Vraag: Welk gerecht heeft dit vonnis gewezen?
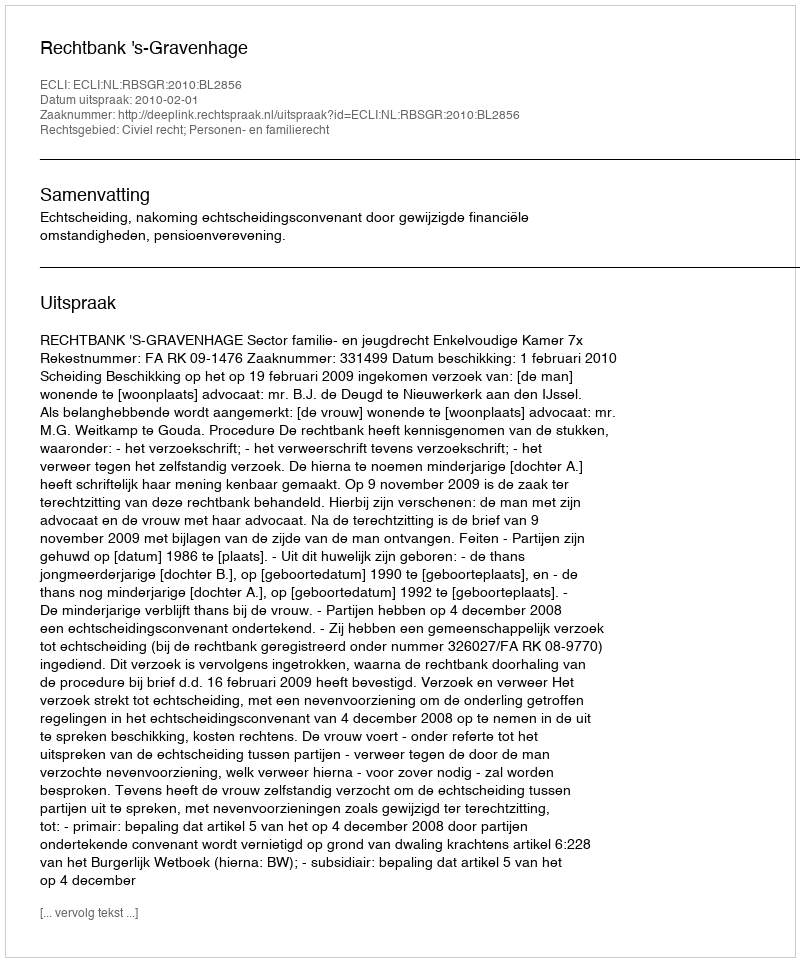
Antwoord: Rechtbank 's-Gravenhage